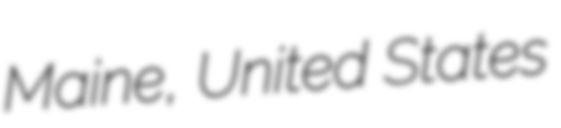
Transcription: Maine, United States